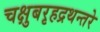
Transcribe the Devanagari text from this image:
चक्षुबरृहद्रथन्तरे